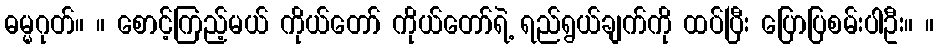
ဓမ္မဂုတ်။ ။ စောင့်ကြည့်မယ် ကိုယ်တော် ကိုယ်တော်ရဲ့ ရည်ရွယ်ချက်ကို ထပ်ပြီး ပြောပြစမ်းပါဦး။ ။